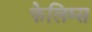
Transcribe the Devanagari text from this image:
फेलिम्स